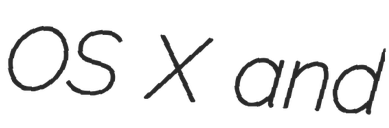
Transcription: OS X and